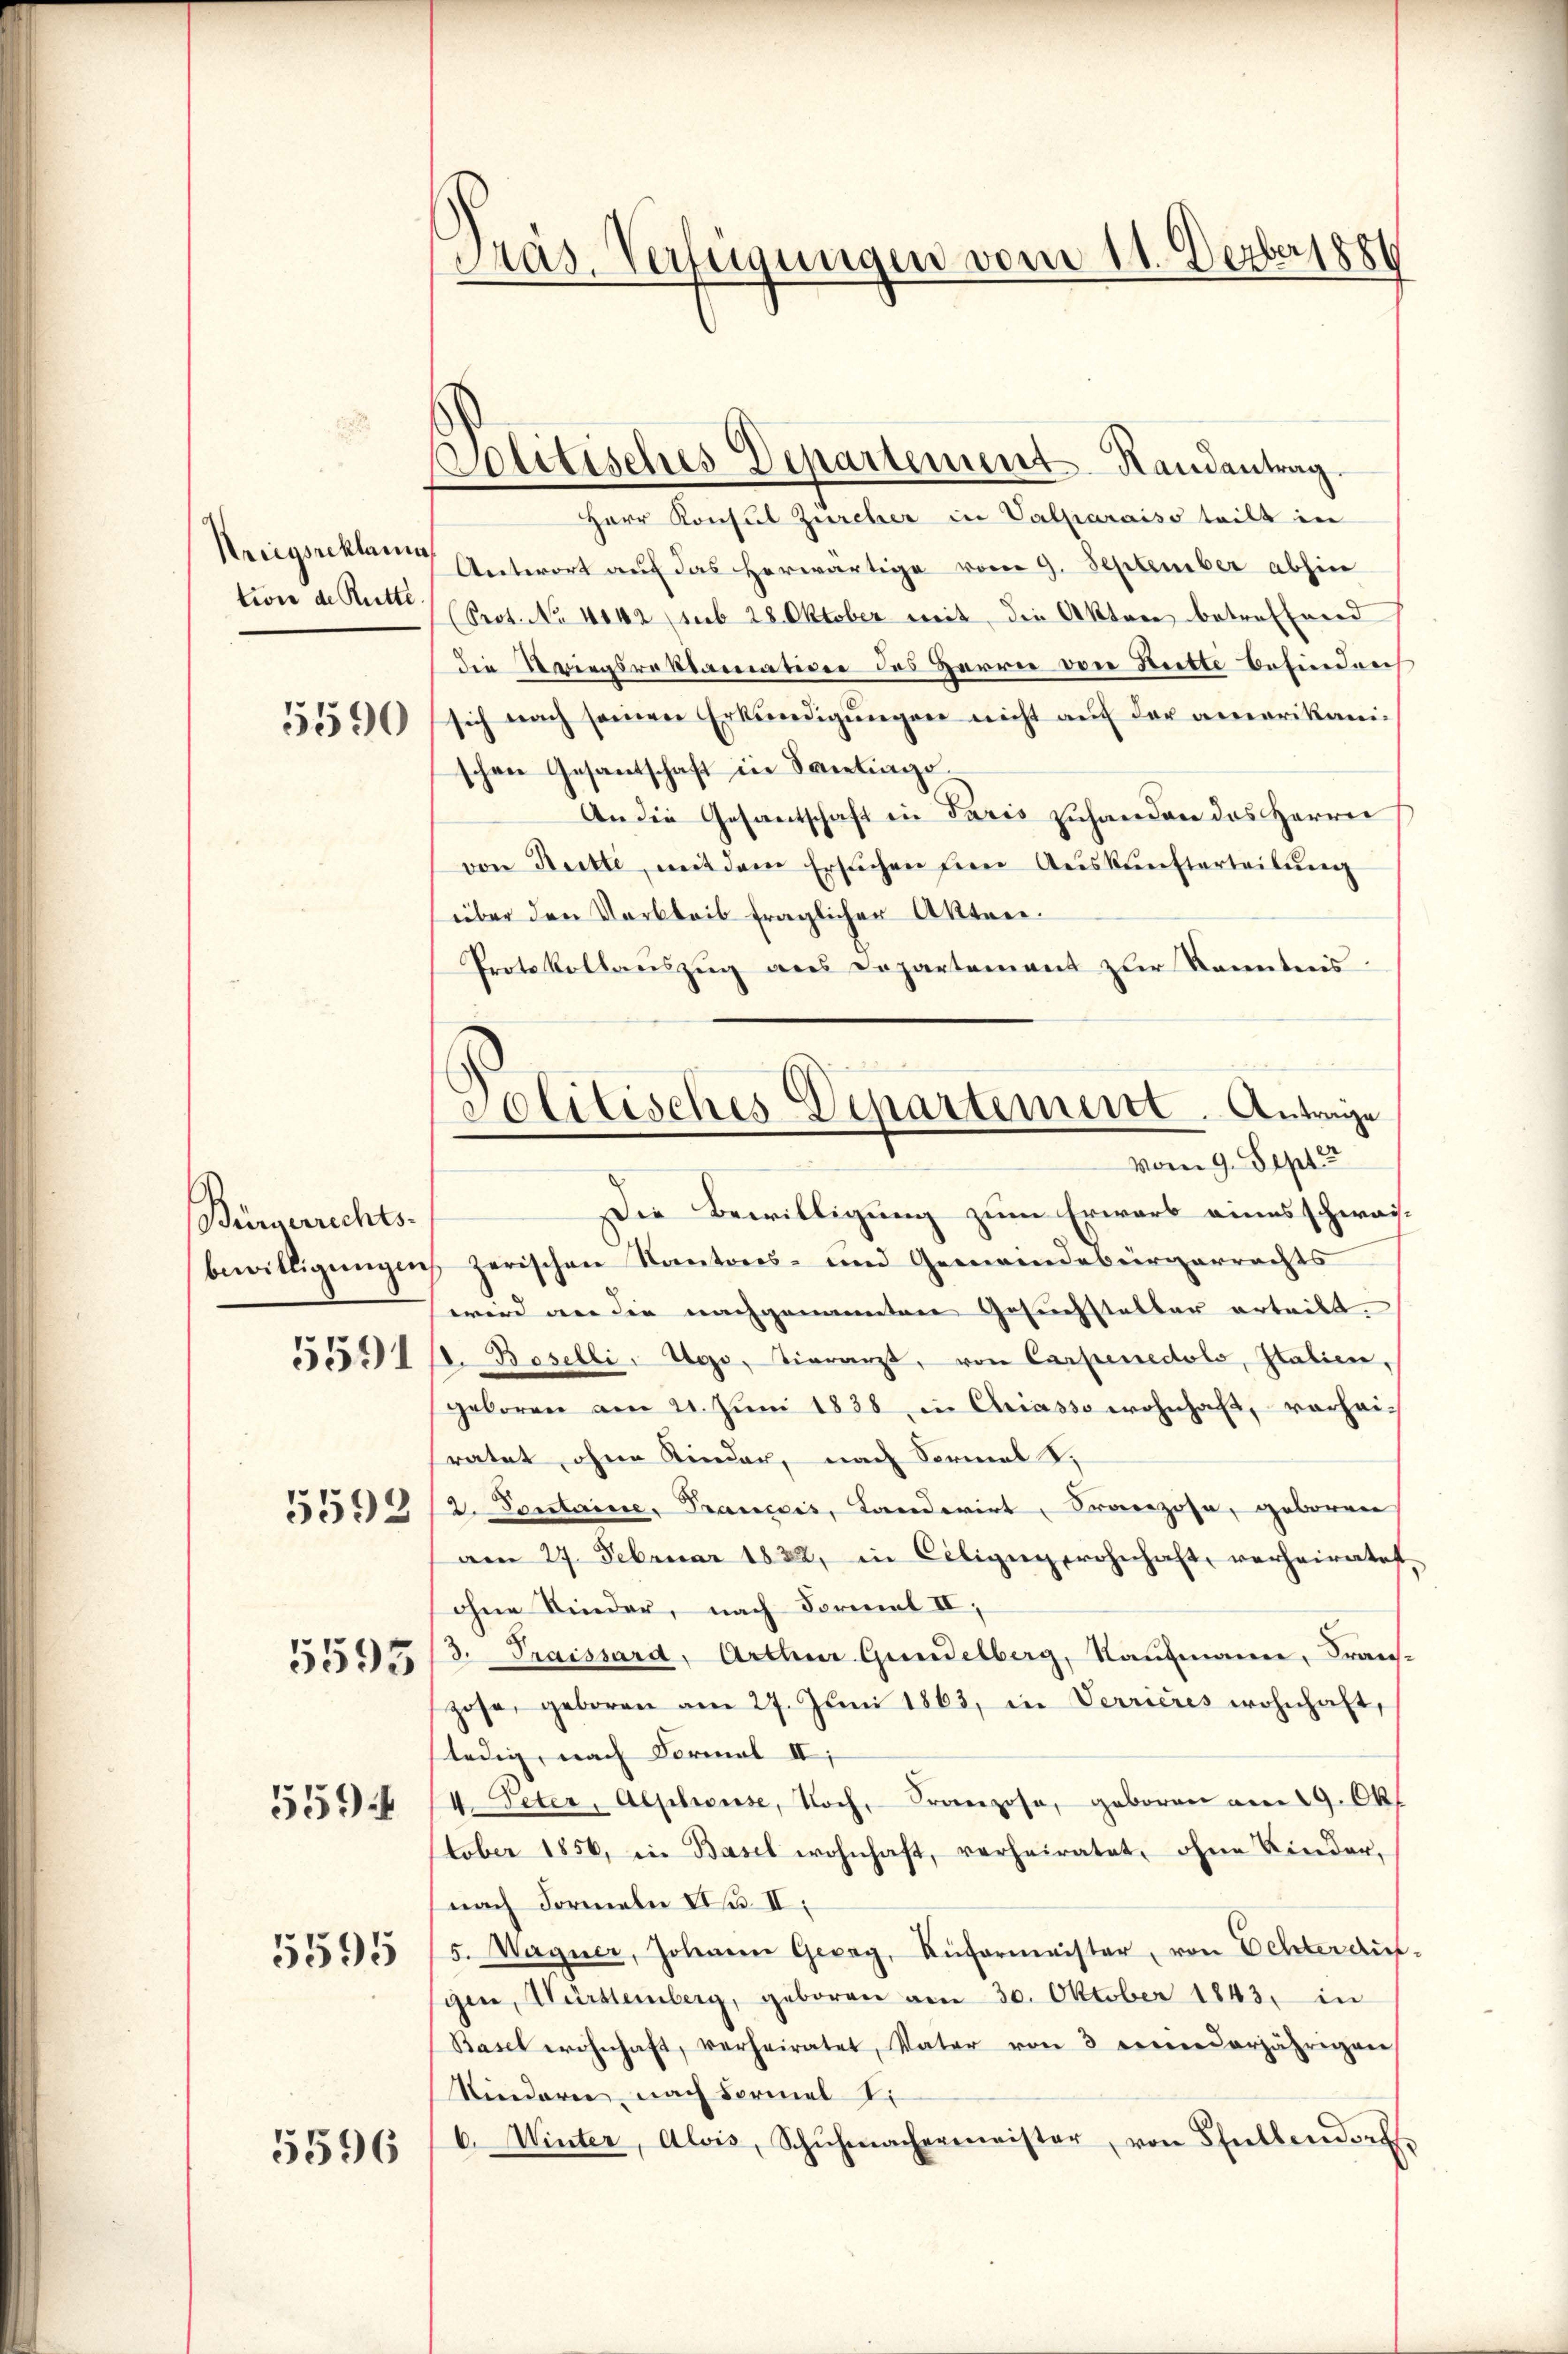
Nriigsreklami
tion de Rütte

5590

Bürgerrechts.
5591

5592

5595

5595

559

5596

Präs. Verfügungen vom 11. Serber 1886

olitisches Departement-Randantrag

Herr Konsul Zürcher in Valparaiss teilt in
Antwort auf das herwärtige vom 9. September abhin
(Prot. No 1102 (sub 28. Oktober weit, die Akten betreffend
die Kriegsraktamation des Herrn von Ritte befinden
sich nach seinen Erkundigungen nicht auf der amerikanischen Gesantschaft in Santinge.
An die Gesantschaft in Paris zuhanden das Herrn
von Reitte, mit dem Ersuchen den Aŭskŭnfterteilung
über den Verbleib fraglicher Akten.
Protokollauszug aus Departement zur Kenntnis
Die Bewilligung zum Erwarb eines schwaibewilligungen zerischen Kantons- und Gemeindebürgerrechts
wird an die nachgenannten Gesuchsteller erteilt.
d. Baselli, Ugo, Tierarzt, von Carpenedolo, Italien,
geboren am 21. Jŭni 1838 in Chriasso wohnhaft, vorheiratet, ohne Kinder, nach Formal d.
2. Pontaine, Francis, Candirt, Franzose, geboren
am 27. Februar 1832, in Ciligŭg wohnhaft, verheiratet.
ohne Kinder, nach Formel II,
3. Traissard, Arthur Gundelberg, Kaufmann, Fran-
zosa, geboren am 27. Juni 1863, in Verrieres wohnhaft,
ledig, nach Formal II,
4. Peter, Aepheuse, Noch Franzose, geboren am 29. Okt
tober 1856, in Basel wohnhaft, verheiratet, ohne Kinder-
nach Formeln u. II.
5. Wagner, Johann Georg, Küfermeister, von Echterauf-
gen, Württemberg, geboren am 30. Oktober 1843 in
Basel wohnhaft, verheiratet, Vater von 3 einenderjährigen
Niederie nach Formel 7.
b. Winter, Alois, Schŭhmachermeister, von Stellendorf

Politisches Departementl. Antrage
vom 9. Sept.